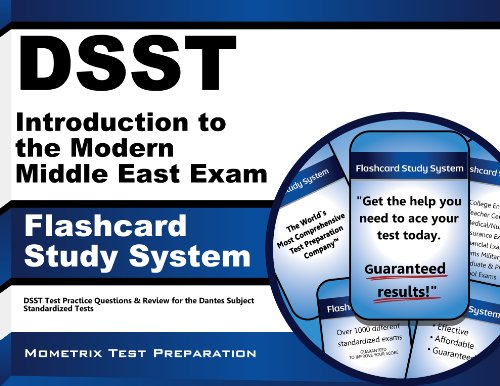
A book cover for DSST Introduction to Computing Exam Flashcard Study System: DSST Test Practice Questions & Review for the Dantes Subject Standardized Tests; DSST Exam Secrets Test Prep Team; Test Preparation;